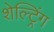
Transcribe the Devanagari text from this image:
शेल्ट्रिंग